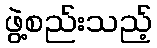
ဖွဲ့စည်းသည့်